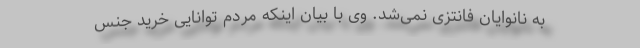
به نانوایان فانتزی نمی‌شد. وی با بیان اینکه مردم توانایی خرید جنس